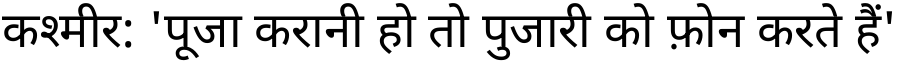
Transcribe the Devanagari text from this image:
कश्मीर: 'पूजा करानी हो तो पुजारी को फ़ोन करते हैं'